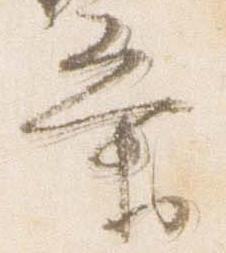
業